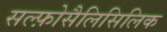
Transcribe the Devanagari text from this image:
सल्फ़ोसैलिसिलिक